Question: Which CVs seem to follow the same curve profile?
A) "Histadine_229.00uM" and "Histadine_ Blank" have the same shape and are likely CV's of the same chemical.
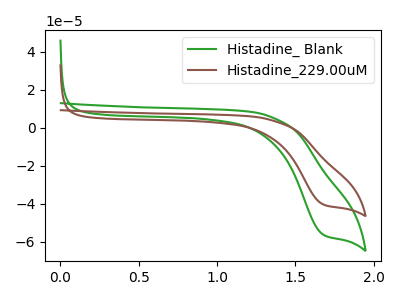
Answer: <think>The green curve "Histadine_ Blank" has a cathodic peak at: (1.70V, -56.00uA). The brown curve "Histadine_229.00uM" has a cathodic peak at: (1.70V, -40.15uA).
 All the peaks in "Histadine_ Blank" have a peak in "Histadine_229.00uM" at the same potential. Every peak in "Histadine_ Blank" is higher than every peak in "Histadine_229.00uM".</think>
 <answer>A) "Histadine_229.00uM" and "Histadine_ Blank" have the same shape and are likely CV's of the same chemical.</answer>
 <eval>A</eval>